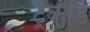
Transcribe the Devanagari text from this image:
ट्रैकेडि